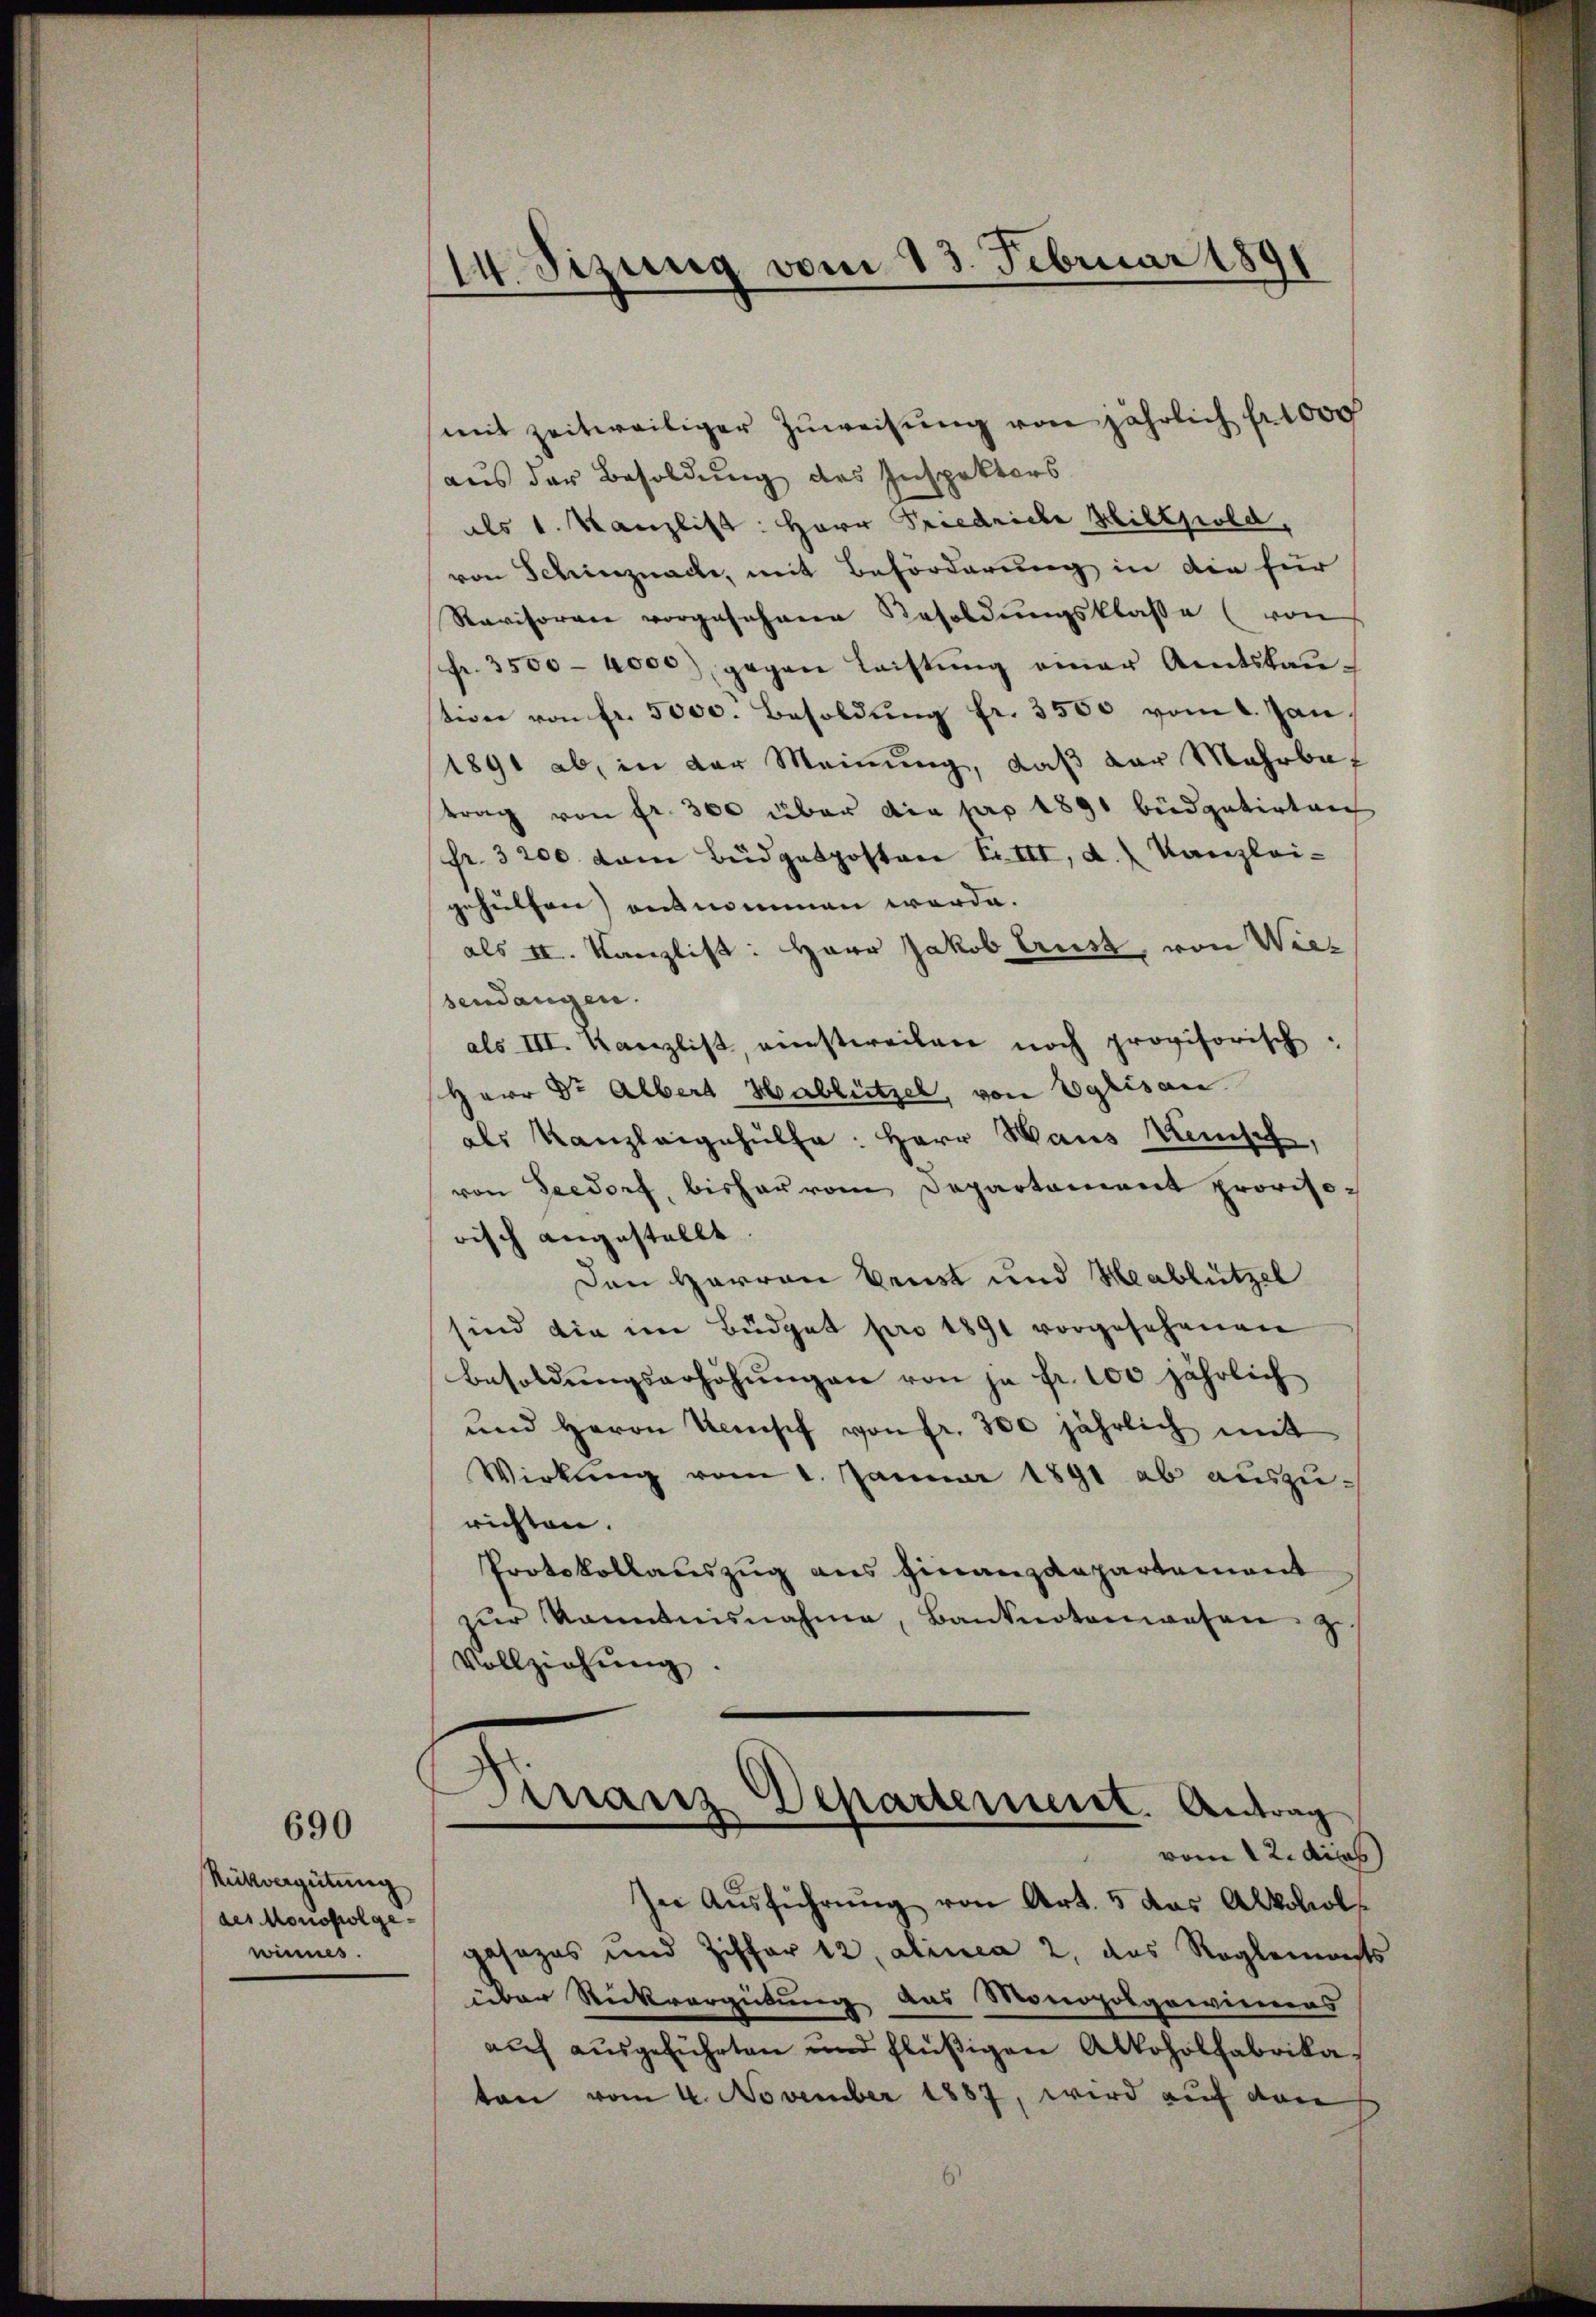
690

Rükergütung
des Monopol gesinnes

14. Sizung vom 13. Februar 1891

(mit zeitweiliger Zuweisŭng von jährlich fr. 1000
aus der Besoldung des Inspektors
als 1. Kanzlist: Herr Friedriche Hiltpold,
von Schinznache, mit Beförderung in die für
Ravisoren vorgesehene Resoldŭngsklasse (von
fr. 3500 - 4000) gegen Leistung einer Amtsbau-
tion von fr. 5000. Besoldŭng fr. 3500 vom 1. Jan.
1891 ab, in der Meinung, daß der Mehrba
trag von fr. 300 über die pro 1891 büdgetirten
fr. 3200. vom Budgetposton Fr. III, a. Kanzlei-
gehülfen) aus nommen werde.
als II. Kanzlist: Herr Jakob Brust, von Wiesendangen.
als III. Kanzlist, einstweilen noch provisorisch.
Herr Dr Albert Hablützel, von Eglisau
als Kanzleigehülfe: Herr Haus Keusch,
von Seedorf, bisher vom Departement provisorisch angestellt
Den Herren Brust und Heablützel
sind die im Büdget pro 1891 vorgesehenen
Besoldŭngserhöhŭngen von ja fr. 100 jährlich
und Herrn Kasch von fr. 300 jährlich mit
Wirkung vom 1. Januar 1891 ab auszurichten.
Protokollauszug aus Finanzdepartement
zŭr kanntnisnahme, Banknotenwesen z
Vollziehŭng.
Finanz
Departement. Antrag
e
vom 12. dies
In Ausführung von Art. 5 das Alkohol
jasezes und Ziffer 12, alinea 2, das Reglements
über Rückvergütung aus Monopolgawienens
auf ausgeführten und flüßigen Alkoholfabrika-
ton vom 4. November 1887, wird auf von